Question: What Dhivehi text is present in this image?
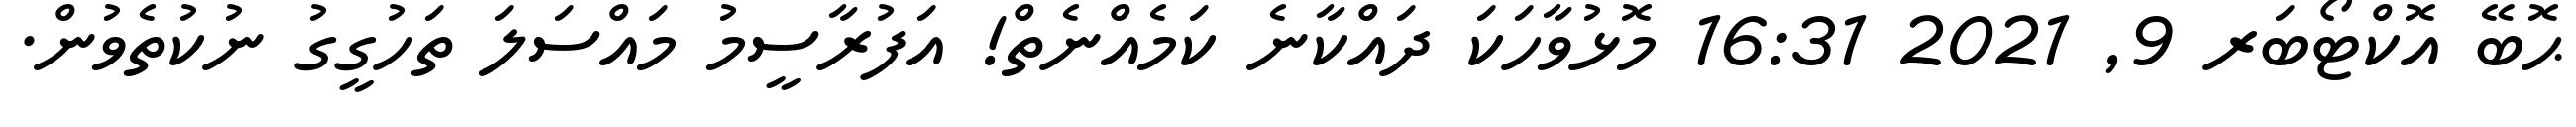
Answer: ޙޮބޭ އޮކްޓޯބަރ 9, 2021 16:31 މޮޅުވާހަކަ ދައްކާނެ ކަމެއްނެތް! އަފުރާސީމު މައްސަލަ ތަހުގީގު ނުކުތެވުން.